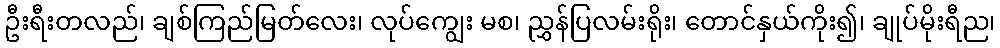
ဦးရီးတလည်၊ ချစ်ကြည်မြတ်လေး၊ လုပ်ကျွေး မစ၊ ညွှန်ပြလမ်းရိုး၊ တောင်နှယ်ကိုး၍၊ ချုပ်မိုးရီည၊